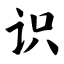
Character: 识